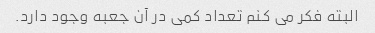
البته فکر می کنم تعداد کمی در آن جعبه وجود دارد.